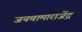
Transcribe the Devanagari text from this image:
जयचामाराजेंद्र